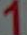
1